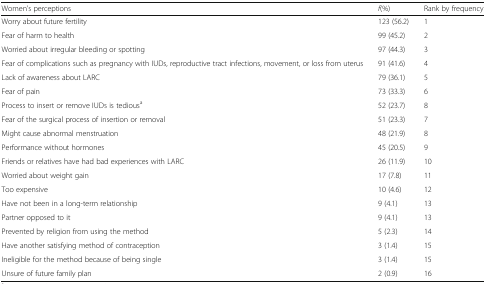
| Women’s perceptions | f(%) | Rank by frequency |
 | --- | --- | --- |
 | Worry about future fertility | 123 (56.2) | 1 |
 | Fear of harm to health | 99 (45.2) | 2 |
 | Worried about irregular bleeding or spotting | 97 (44.3) | 3 |
 | Fear of complications such as pregnancy with IUDs, reproductive tract infections, movement, or loss from uterus | 91 (41.6) | 4 |
 | Lack of awareness about LARC | 79 (36.1) | 5 |
 | Fear of pain | 73 (33.3) | 6 |
 | Process to insert or remove IUDs is tediousa | 52 (23.7) | 8 |
 | Fear of the surgical process of insertion or removal | 51 (23.3) | 7 |
 | Might cause abnormal menstruation | 48 (21.9) | 8 |
 | Performance without hormones | 45 (20.5) | 9 |
 | Friends or relatives have had bad experiences with LARC | 26 (11.9) | 10 |
 | Worried about weight gain | 17 (7.8) | 11 |
 | Too expensive | 10 (4.6) | 12 |
 | Have not been in a long-term relationship | 9 (4.1) | 13 |
 | Partner opposed to it | 9 (4.1) | 13 |
 | Prevented by religion from using the method | 5 (2.3) | 14 |
 | Have another satisfying method of contraception | 3 (1.4) | 15 |
 | Ineligible for the method because of being single | 3 (1.4) | 15 |
 | Unsure of future family plan | 2 (0.9) | 16 |